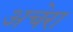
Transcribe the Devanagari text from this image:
अचेरा